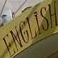
ENGLISH